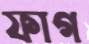
ফাগ